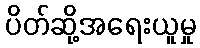
ပိတ်ဆို့အရေးယူမှု